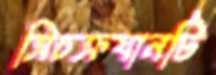
ত্রিচক্রযানটি